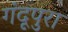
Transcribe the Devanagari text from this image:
गंदूपुरा